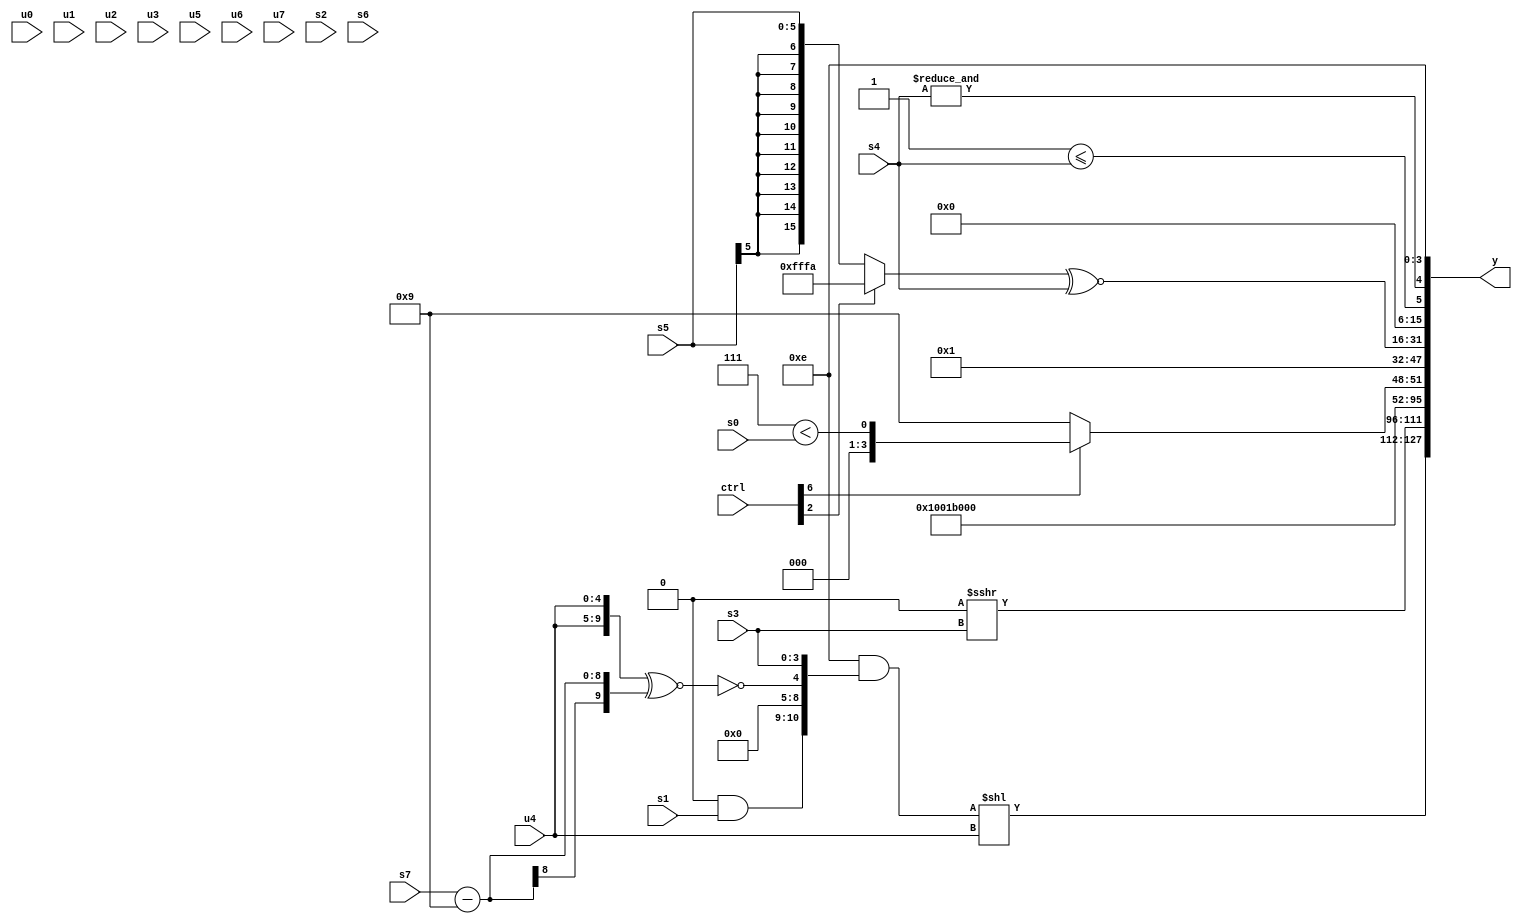
module wideexpr_00917(ctrl, u0, u1, u2, u3, u4, u5, u6, u7, s0, s1, s2, s3, s4, s5, s6, s7, y);
  input [7:0] ctrl;
  input [0:0] u0;
  input [1:0] u1;
  input [2:0] u2;
  input [3:0] u3;
  input [4:0] u4;
  input [5:0] u5;
  input [6:0] u6;
  input [7:0] u7;
  input signed [0:0] s0;
  input signed [1:0] s1;
  input signed [2:0] s2;
  input signed [3:0] s3;
  input signed [4:0] s4;
  input signed [5:0] s5;
  input signed [6:0] s6;
  input signed [7:0] s7;
  output [127:0] y;
  wire [15:0] y0;
  wire [15:0] y1;
  wire [15:0] y2;
  wire [15:0] y3;
  wire [15:0] y4;
  wire [15:0] y5;
  wire [15:0] y6;
  wire [15:0] y7;
  assign y = {y0,y1,y2,y3,y4,y5,y6,y7};
  assign y0 = ($signed((4'sb1110)&({((1'sb0)^~(1'sb1))&($signed(s1)),(((1'sb0)|(4'b1010))>>((s1)<<<(6'sb101010)))>>>(6'b100011),!(({2{u4}})^~((s7)-(4'b1001))),s3})))<<(u4);
  assign y1 = (+({1{((1'sb1)<<<(4'sb0110))<<((ctrl[3]?1'b0:3'sb000))}}))>>>(s3);
  assign y2 = {1'b1};
  assign y3 = $signed(6'sb011011);
  assign y4 = (ctrl[6]?(6'b000111)<($unsigned(s0)):6'sb001001);
  assign y5 = 1'b1;
  assign y6 = ((ctrl[2]?$signed((5'sb10000)^~(6'sb110101)):s5))^~($signed((s4)<<<((6'sb100101)==(2'sb00))));
  assign y7 = {(1'b1)<=($signed(+(s4))),-(&(s4)),($signed(3'b100))^(4'sb0010)};
endmodule